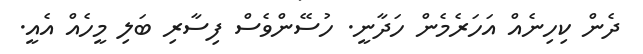
ދެން ކިހިނެއް އަހަރެމެން ހަދާނީ. ހުސޭންވެސް ފިސާރި ބަލި މީހެއް އެއީ.